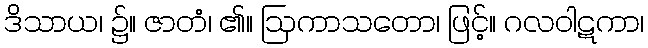
ဒိသာယ၊ ၌။ ဇာတံ၊ ၏။ ဩကာသတော၊ ဖြင့်။ ဂလဝါဋကာ၊